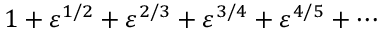
1 + \varepsilon ^ { 1 / 2 } + \varepsilon ^ { 2 / 3 } + \varepsilon ^ { 3 / 4 } + \varepsilon ^ { 4 / 5 } + \cdots